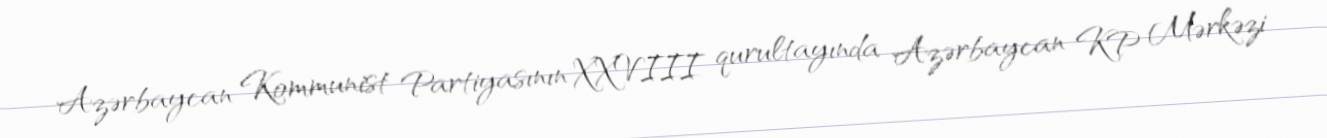
Azərbaycan Kommunist Partiyasının XXVIII qurultayında Azərbaycan KP Mərkəzi